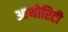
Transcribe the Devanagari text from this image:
आथोरिटी